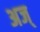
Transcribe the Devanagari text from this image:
अज्